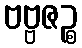
ဗဗ္ဗဇဉ္စ